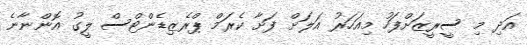
އަދި މި ސީރީޒަށްފަހު މިއަހަރު އަލަށް ފަށާ ކެރަމް ޕްރެޒިޑެންޓްސް ލީގު އޮންނާނެ